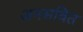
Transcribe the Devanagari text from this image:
अनसवित